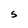
Character: S